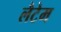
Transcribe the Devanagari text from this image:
लैटेम